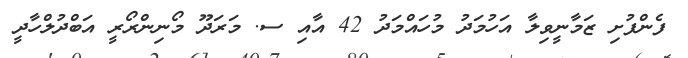
ފެންފުށި ޒަމާނީވިލާ އަހުމަދު މުހައްމަދު 42 އާއި ސ. މަރަދޫ މޯނިންރޯރީ އަބްދުލްހާދީ